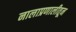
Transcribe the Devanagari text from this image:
नालाप्रणालीतून